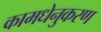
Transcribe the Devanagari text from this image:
कामधेनुकरण